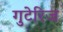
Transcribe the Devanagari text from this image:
गुटेरिज